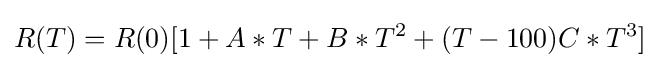
R(T)=R(0)[1+A*T+B*T^{2}+(T-100)C*T^{3}]